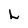
Character: L